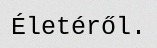
Életéről.